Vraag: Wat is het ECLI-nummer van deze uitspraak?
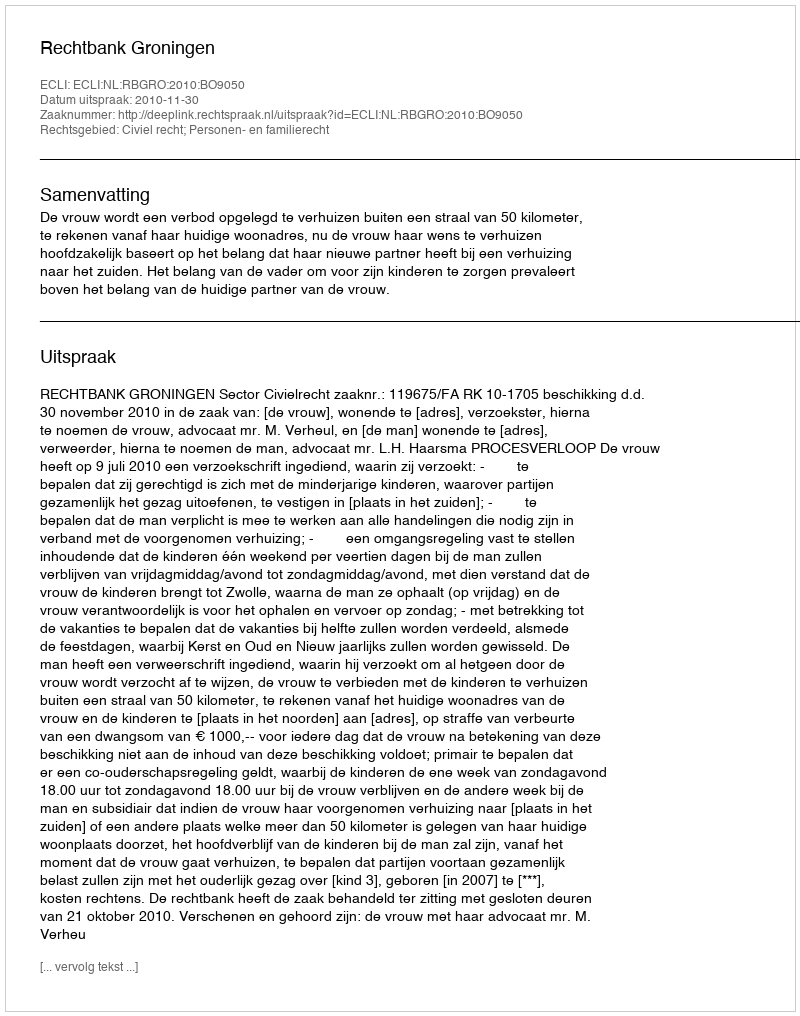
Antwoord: ECLI:NL:RBGRO:2010:BO9050